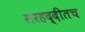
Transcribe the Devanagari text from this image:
सरहद्दीतच